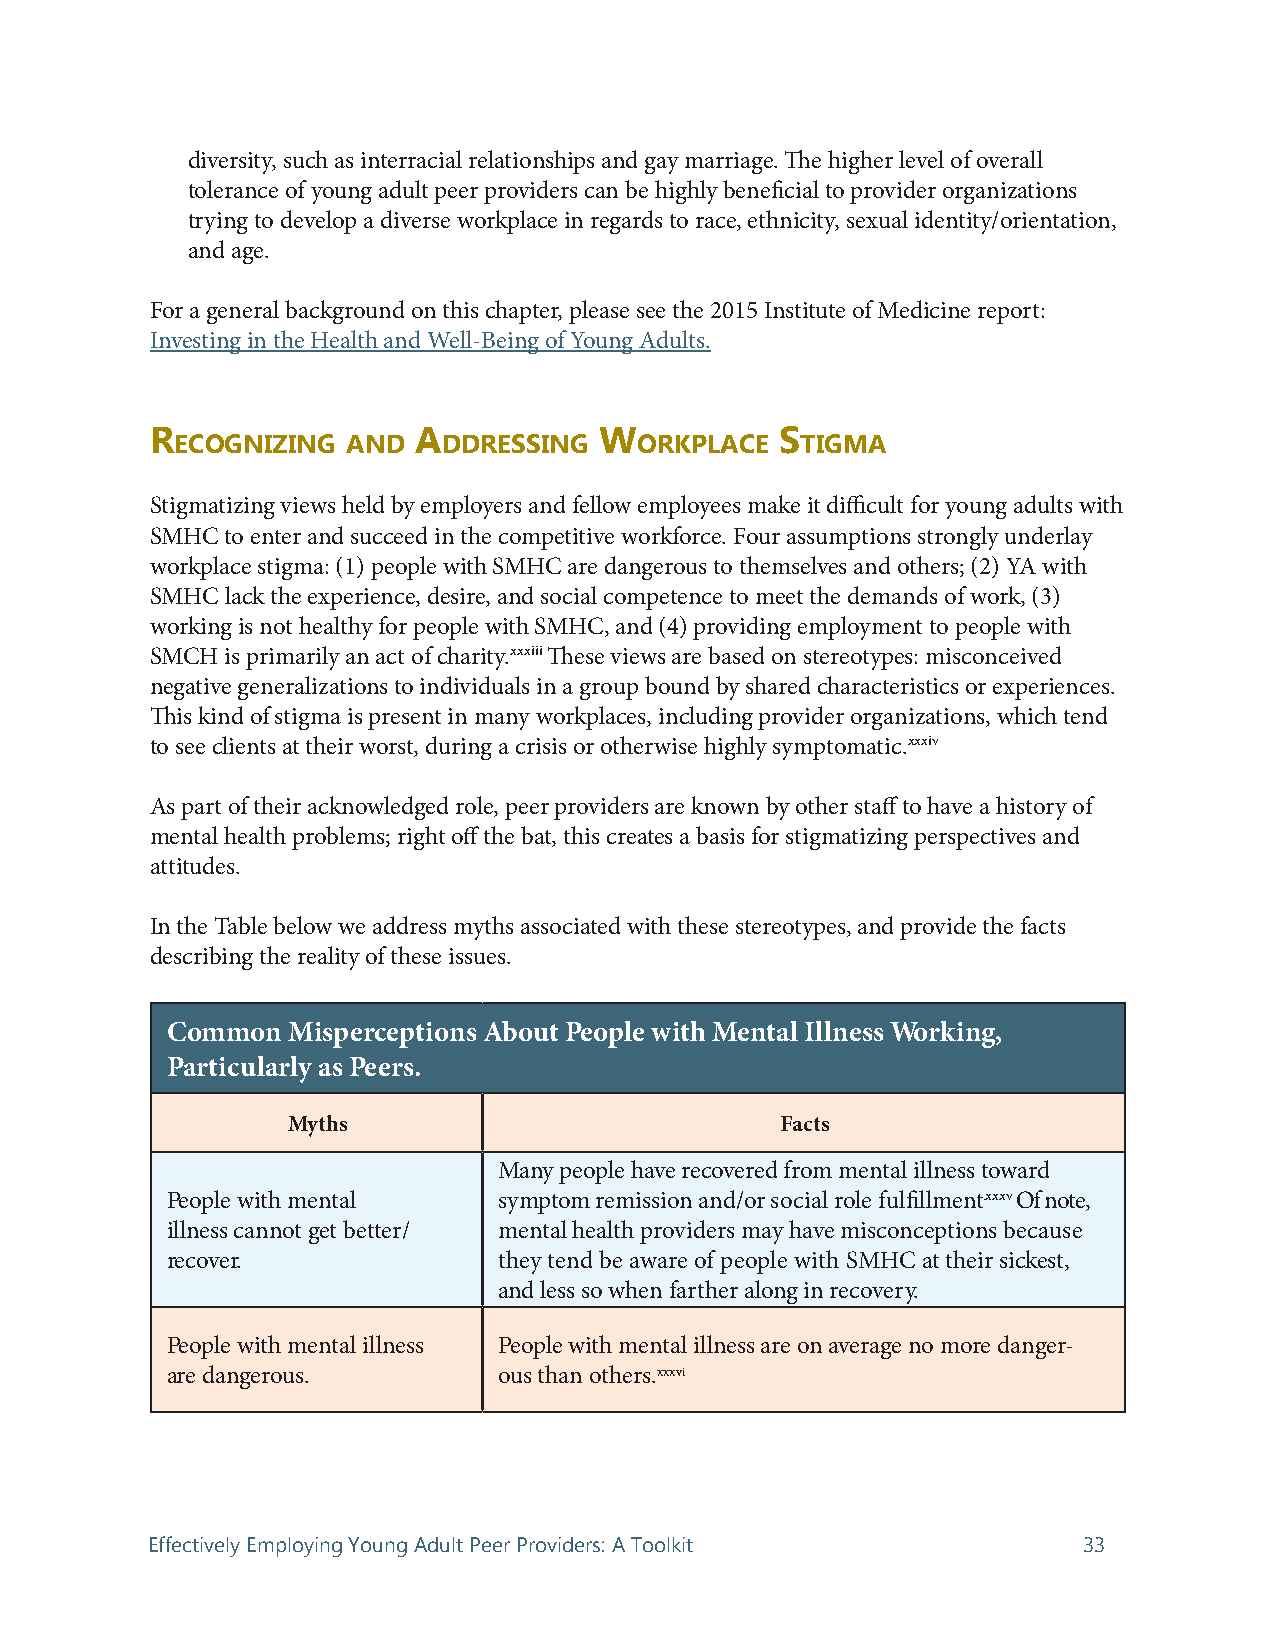
diversity, such as interracial relationships and gay marriage. The higher level of overall
 tolerance of young adult peer providers can be highly beneficial to provider organizations
 trying to develop a diverse workplace in regards to race, ethnicity, sexual identity/orientation,
 and age.
 For a general background on this chapter, please see the 2015 Institute of Medicine report:
 Investing in the Health and Well-Being of Young Adults.
 r                A            w           s
 eCognizing And   ddressing    orkPlACe   tigMA
 Stigmatizing views held by employers and fellow employees make it difficult for young adults with
 SMHC to enter and succeed in the competitive workforce. Four assumptions strongly underlay
 workplace stigma: (1) people with SMHC are dangerous to themselves and others; (2) YA with
 SMHC lack the experience, desire, and social competence to meet the demands of work, (3)
 working is not healthy for people with SMHC, and (4) providing employment to people with
 SMCH is primarily an act of charity.xxxiii These views are based on stereotypes: misconceived
 negative generalizations to individuals in a group bound by shared characteristics or experiences.
 This kind of stigma is present in many workplaces, including provider organizations, which tend
 to see clients at their worst, during a crisis or otherwise highly symptomatic.xxxiv
 As part of their acknowledged role, peer providers are known by other staff to have a history of
 mental health problems; right off the bat, this creates a basis for stigmatizing perspectives and
 attitudes.
 In the Table below we address myths associated with these stereotypes, and provide the facts
 describing the reality of these issues.
 Common  Misperceptions About People with Mental Illness Working,
 Particularly as Peers.
 Myths                            Facts
 Many people have recovered from mental illness toward
 People with mental    symptom remission and/or social role fulfillment.xxxv Of note,
 illness cannot get better/ mental health providers may have misconceptions because
 recover.              they tend be aware of people with SMHC at their sickest,
 and less so when farther along in recovery.
 People with mental illness People with mental illness are on average no more danger-
 are dangerous.        ous than others.xxxvi
 Effectively Employing Young Adult Peer Providers: A Toolkit   33